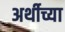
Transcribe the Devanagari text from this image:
अर्थीच्या